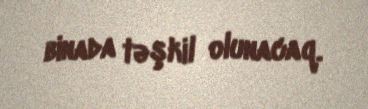
binada təşkil olunacaq.